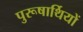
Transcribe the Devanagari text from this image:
पुरूषार्थियों